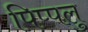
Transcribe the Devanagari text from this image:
पिप्पलु